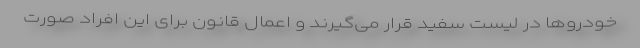
خودروها در لیست سفید قرار می‌گیرند و اعمال قانون برای این افراد صورت